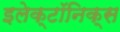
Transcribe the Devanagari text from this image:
इलेक्टॉनिक्स